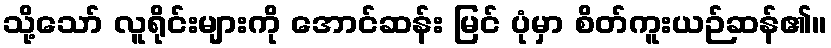
သို့သော် လူရိုင်းများကို အောင်ဆန်း မြင် ပုံမှာ စိတ်ကူးယဉ်ဆန်၏။